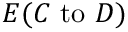
E ( C { \mathrm { ~ t o ~ } } D )